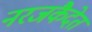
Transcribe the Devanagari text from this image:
नरजकैदेत